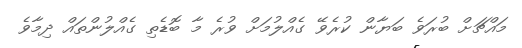
މައްޗަށް ބުރަވެ ބަޔާން ކުރެވޭ ގެއްލުމަށް ވުރެ މާ ބޮޑެތި ގެއްލުންތައް ދިމާވެ